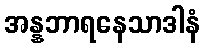
အန္နဘာရနေသာဒါနံ